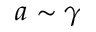
a \sim \gamma